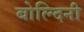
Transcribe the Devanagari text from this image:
बोल्दिनी